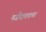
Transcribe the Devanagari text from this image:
मजीदाबादच्या